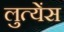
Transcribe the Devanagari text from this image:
लुत्येंस